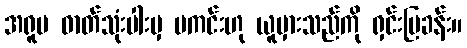
အရူပ ဓာတ်သုံးပါးမှ မကင်းဟု ယူမှားသည်ကို ရှင်းပြခန်း။